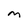
Character: m